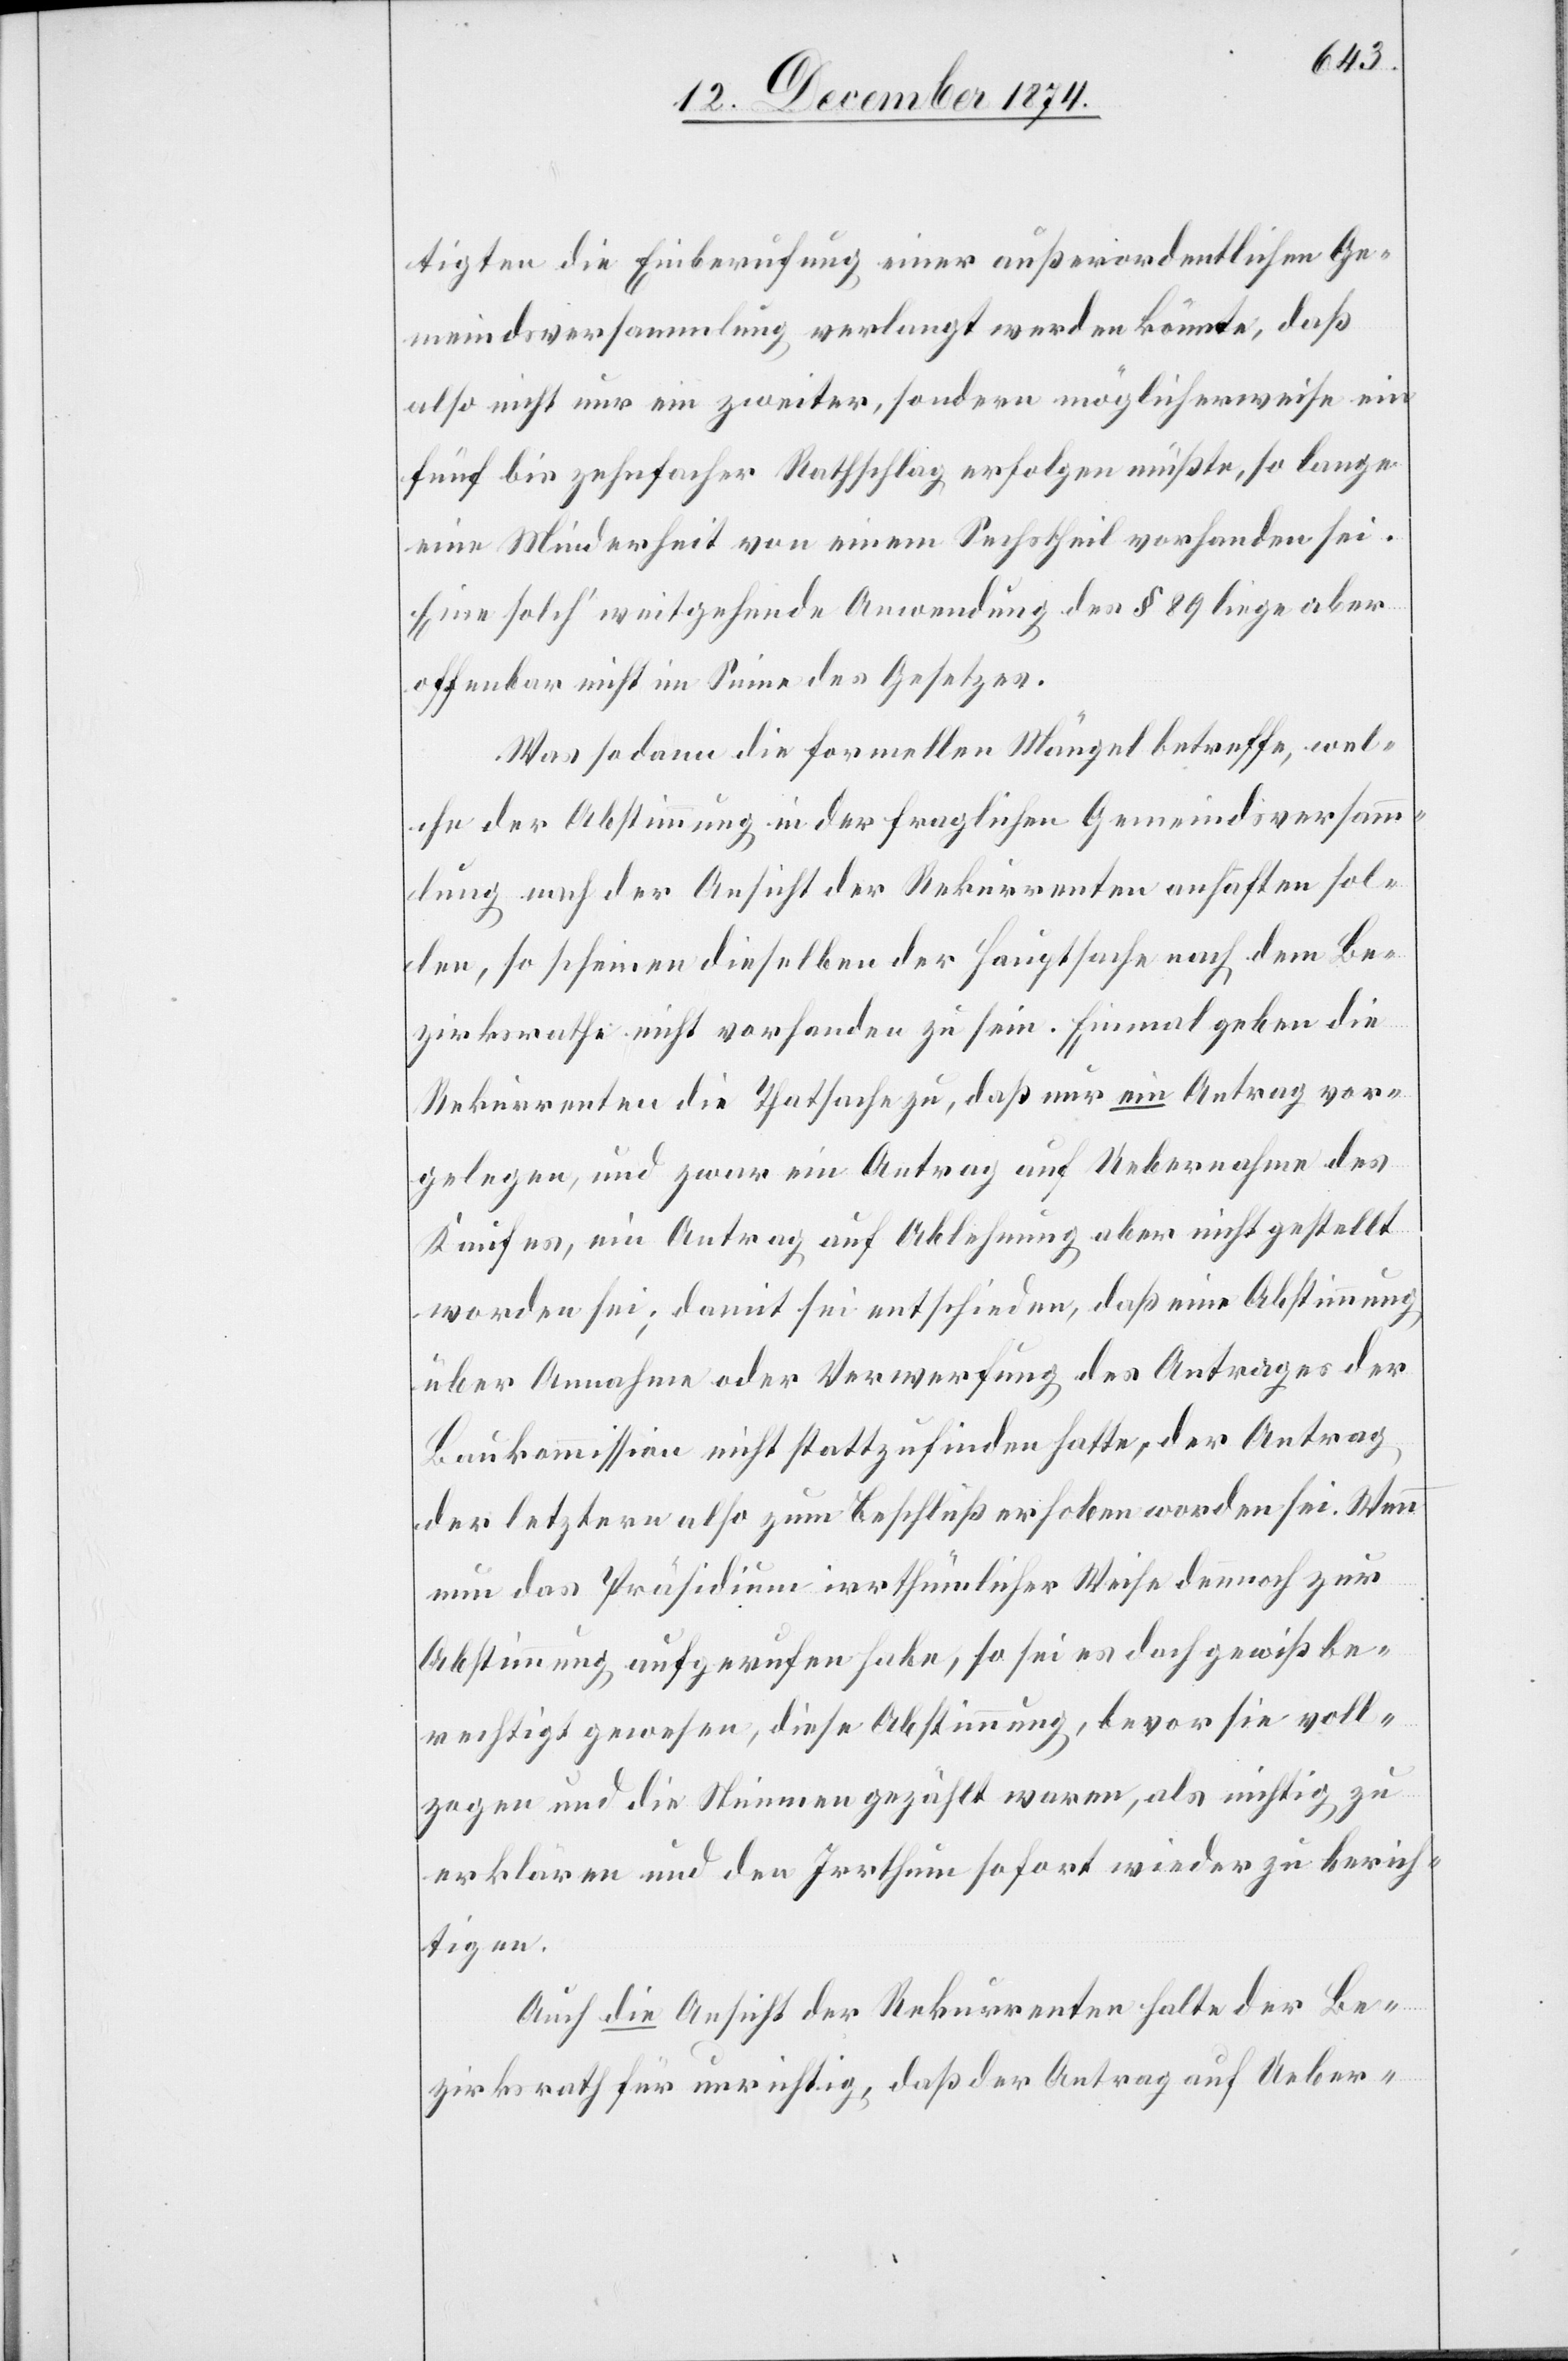
tigten die Einberufung einer außerordentlichen Ge¬
meindsversammlung verlangt werden könnte, daß
also nicht nur ein zweiter, sondern möglicherweise ein
fünf bis zehnfacher Rathschlag erfolgen müßte, so lange
eine Minderheit von einem Sechstheil vorhanden sei.
Eine solch‘ weitgehende Anwendung des § 89 liege aber
offenbar nicht im Sinne des Gesetzes.
Was sodann die formellen Mängel betreffe, wel¬
che der Abstimmung in der fraglichen Gemeindsversamm¬
lung nach der Ansicht der Rekurrenten anhaften sol¬
len, so scheinen dieselben der Hauptsache nach dem Be¬
zirksrathe nicht vorhanden zu sein. Einmal geben die
Rekurrenten die Thatsache zu, daß nur ein Antrag vor¬
gelegen, und zwar ein Antrag auf Uebernahme des
Kaufes, ein Antrag auf Ablehnung aber nicht gestellt
worden sei; damit sei entschieden, daß eine Abstimmung
über Annahme oder Verwerfung des Antrages der
Baukommission nicht stattzufinden hatte, der Antrag
der letztern also zum Beschluß erhoben worden sei. Wenn
nun das Präsidium irrthümlicher Weise dennoch zur
Abstimmung aufgerufen habe, so sei es doch gewiß be¬
rechtigt gewesen, diese Abstimmung, bevor sie voll¬
zogen und die Stimmen gezählt waren, als nichtig zu
erklären und den Irrthum sofort wieder zu berich¬
tigen.
Auch die Ansicht der Rekurrenten halte der Be¬
zirksrath für unrichtig, daß der Antrag auf Ueber-